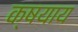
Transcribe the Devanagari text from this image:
क्षयाय